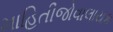
માહિતીજોવાલાયક